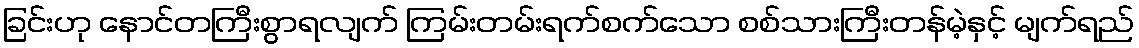
ခြင်းဟု နောင်တကြီးစွာရလျက် ကြမ်းတမ်းရက်စက်သော စစ်သားကြီးတန်မဲ့နှင့် မျက်ရည်